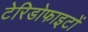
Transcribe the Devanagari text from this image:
टेरिडोफाइटों